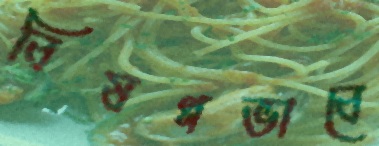
বিষণ্নভাবে